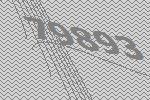
79893